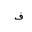
Letter: _fa